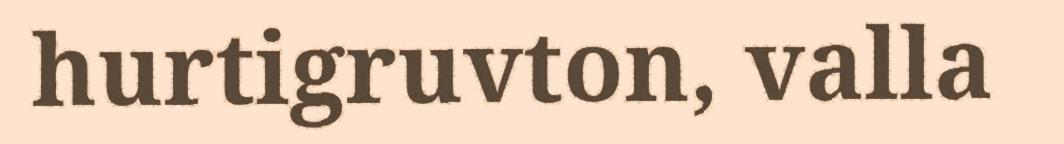
hurtigruvton, valla